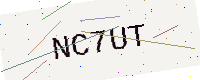
Text: NC7UT